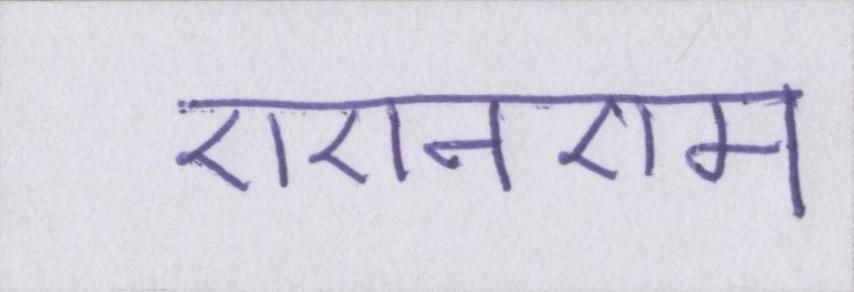
एएनएम